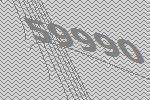
59990